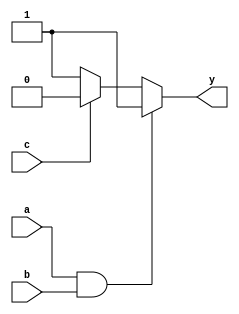
module combinational_logic (
    input wire a,          // Input signal a
    input wire b,          // Input signal b
    input wire c,          // Input signal c
    output reg y          // Output signal y
);

    // Combinational logic block
    always @(*) begin
        // Example logic: y is true if (a AND b) OR (NOT c)
        if (a && b) begin
            y = 1'b1;      // y is 1 if both a and b are 1
        end else if (!c) begin
            y = 1'b1;      // y is 1 if c is 0
        end else begin
            y = 1'b0;      // y is 0 otherwise
        end
    end

endmodule